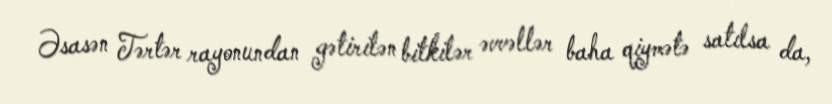
Əsasən Tərtər rayonundan gətirilən bitkilər əvvəllər baha qiymətə satılsa da,